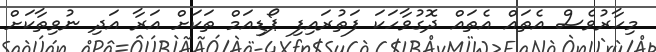
މިހާރުވެސް އެތައް އެތައް ދޮގުވާހަކަ ފަތުރައިފި ޕޯޑިއަމް ތަކަށް އަރާ އަދި ނުވިތާކަށް